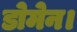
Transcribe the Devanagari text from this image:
डोमेन।